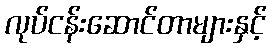
လုပ်ငန်းဆောင်တာများနှင့်